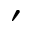
{ ' }